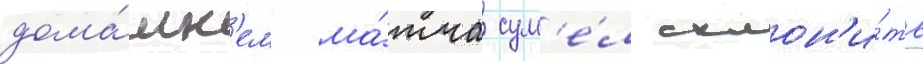
дома́шн'ем ма́тче сум'е́л склон'и́ть